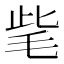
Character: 𣭁